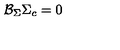
{ \cal B } _ { \Sigma } \Sigma _ { c } = 0